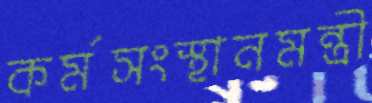
কর্মসংস্থানমন্ত্রী